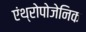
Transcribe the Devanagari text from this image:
एंथ्‍रोपोजेनिक